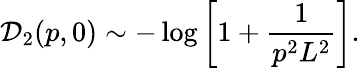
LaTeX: \mathcal{D}_{2}(p,0)\sim-\log\left[1+\frac{{1}}{{p^{2}L^{2}}}\right].